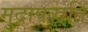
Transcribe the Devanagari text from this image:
मुद्रापद्धति